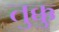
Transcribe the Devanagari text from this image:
तुक्कु